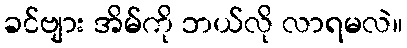
ခင်ဗျား အိမ်ကို ဘယ်လို လာရမလဲ။